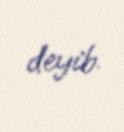
deyib.